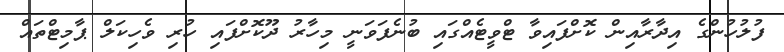
ފުލުހުންގެ އިދާރާއިން ކޮށްފައިވާ ޓްވީޓެއްގައި ބުނެފަވަނީ މިހާރު ދޫކޮށްފައި ހުރި ވެހިކަލް ޕާމިޓްތައް